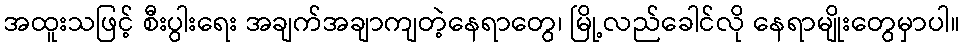
အထူးသဖြင့် စီးပွါးရေး အချက်အချာကျတဲ့နေရာတွေ၊ မြို့လည်ခေါင်လို နေရာမျိုးတွေမှာပါ။